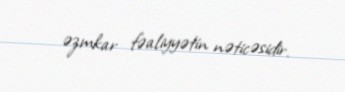
əzmkar fəaliyyətin nəticəsidir.